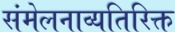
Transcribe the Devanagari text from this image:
संमेलनाव्यतिरिक्त